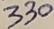
Text: 330